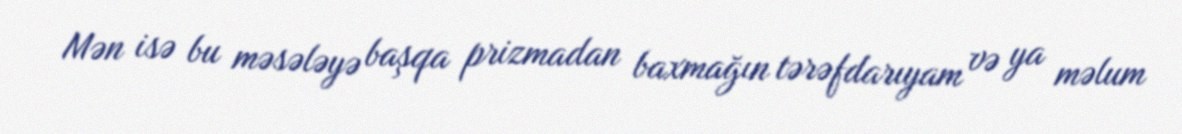
Mən isə bu məsələyə başqa prizmadan baxmağın tərəfdarıyam və ya məlum